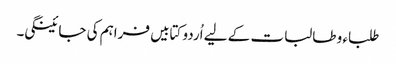
طلباء و طالبات کے لیے اُردو کتابیں فراہم کی جائینگی۔